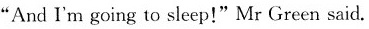
"AndI'm going to sleep!"Mr Green said.